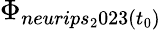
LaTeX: \Phi_{neurips_{2}023(t_{0})}